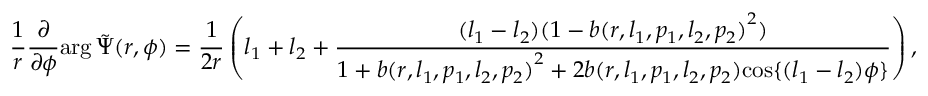
\frac { 1 } { r } \frac { \partial } { \partial { \phi } } { \arg { \Tilde { \Psi } ( r , \phi ) } } = \frac { 1 } { 2 r } \left( l _ { 1 } + l _ { 2 } + \frac { ( l _ { 1 } - l _ { 2 } ) ( 1 - { b ( r , l _ { 1 } , p _ { 1 } , l _ { 2 } , p _ { 2 } ) } ^ { 2 } ) } { 1 + { b ( r , l _ { 1 } , p _ { 1 } , l _ { 2 } , p _ { 2 } ) } ^ { 2 } + 2 { b ( r , l _ { 1 } , p _ { 1 } , l _ { 2 } , p _ { 2 } ) } { \cos \{ ( l _ { 1 } - l _ { 2 } ) \phi \} } } \right) ,